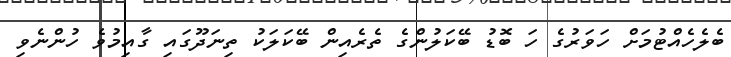
ބެލެހެއްޓުމަށް ހަވަރުގެ ހަ ބޮޑު ބޭކަލުންގެ ތެރެއިން ބޭކަލަކު ތިނަދޫގައި ގާއިމުވެ ހުންނެވި